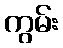
ကွမ်း